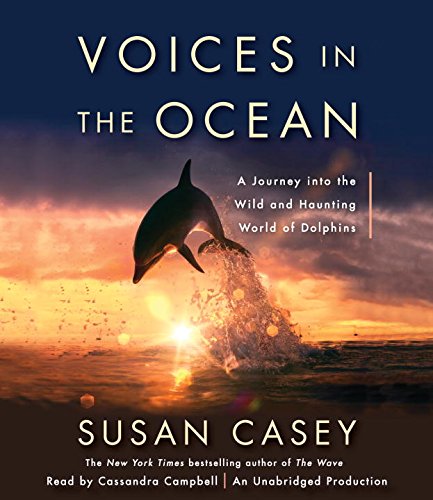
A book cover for Voices in the Ocean: A Journey into the Wild and Haunting World of Dolphins; Susan Casey; Science & Math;